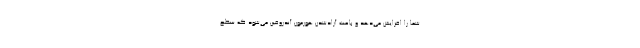
شما را افزایش می‌دهد و باعث آزادشدن هورمون آندروفین می‌شود که سطح